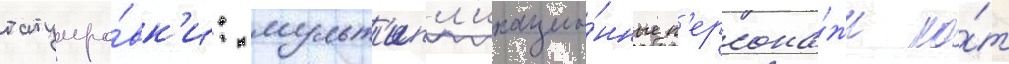
татуиро́вк'и: мульт'ипл'икацио́нные п'ерсона́жи ко́т